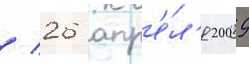
/ 26 апр'е́л'я 2009